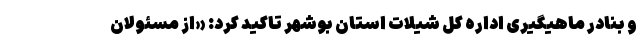
و بنادر ماهیگیری اداره کل شیلات استان بوشهر تاکید کرد: «از مسئولان